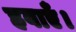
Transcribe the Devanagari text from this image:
हवाएँ।